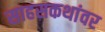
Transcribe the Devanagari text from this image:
साहसकथांवर